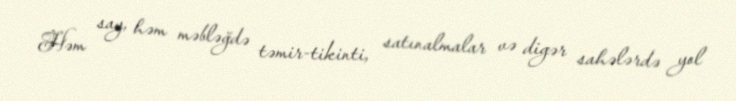
Həm say, həm məbləğdə təmir-tikinti, satınalmalar və digər sahələrdə yol